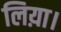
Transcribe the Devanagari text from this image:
लिय़ा।